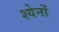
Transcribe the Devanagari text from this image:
श्येनों